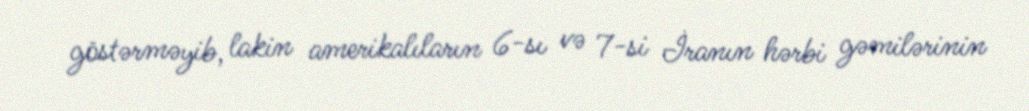
göstərməyib, lakin amerikalıların 6-sı və 7-si İranın hərbi gəmilərinin